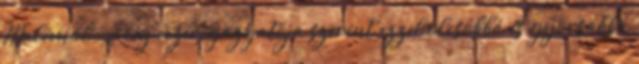
Malévnál. A cég vezérigazgatója szerint ezzel olcsóbbá és gyorsabbá